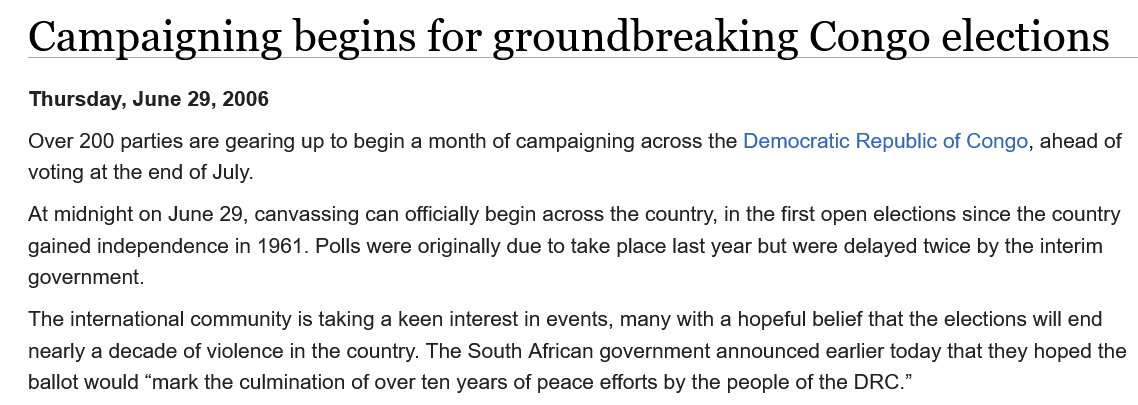
Campaigning    begins    for    groundbreaking    Congo    elections
   Over 200 parties are gearing up to begin a month of campaigning across the Democratic Republic of Congo, ahead of
   voting at the end of July.
   At midnight on June 29, canvassing can officially begin across the country, in the first open elections since the country
   gained independence in 1961. Polls were originally due to take place last year but were delayed twice by the interim
   government.
   The international community is taking a keen interest in events, many with a hopeful belief that the elections will end
   nearly a decade of violence in the country. The South African government announced earlier today that they hoped the
   ballot would “mark the culmination of over ten years of peace efforts by the people of the DRC.”
   Thursday, June 29, 2006